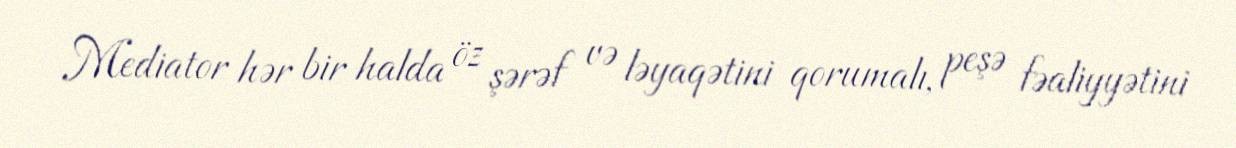
Mediator hər bir halda öz şərəf və ləyaqətini qorumalı, peşə fəaliyyətini